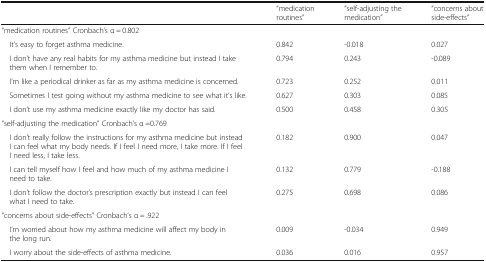
<table><thead><tr><td></td><td><b>“medication routines”</b></td><td><b>“self-adjusting the medication”</b></td><td><b>“concerns about side-effects”</b></td></tr></thead><tbody><tr><td colspan="4">“medication routines” Cronbach’s α = 0.802</td></tr><tr><td> It’s easy to forget asthma medicine.</td><td>0.842</td><td>-0.018</td><td>0.027</td></tr><tr><td> I don’t have any real habits for my asthma medicine but instead I take them when I remember to.</td><td>0.794</td><td>0.243</td><td>-0.089</td></tr><tr><td> I’m like a periodical drinker as far as my asthma medicine is concerned.</td><td>0.723</td><td>0.252</td><td>0.011</td></tr><tr><td> Sometimes I test going without my asthma medicine to see what it’s like.</td><td>0.627</td><td>0.303</td><td>0.085</td></tr><tr><td> I don’t use my asthma medicine exactly like my doctor has said.</td><td>0.500</td><td>0.458</td><td>0.305</td></tr><tr><td colspan="4">“self-adjusting the medication” Cronbach’s α =0.769</td></tr><tr><td> I don’t really follow the instructions for my asthma medicine but instead I can feel what my body needs. If I feel I need more, I take more. If I feel I need less, I take less.</td><td>0.182</td><td>0.900</td><td>0.047</td></tr><tr><td> I can tell myself how I feel and how much of my asthma medicine I need to take.</td><td>0.132</td><td>0.779</td><td>-0.188</td></tr><tr><td> I don’t follow the doctor’s prescription exactly but instead I can feel what I need to take.</td><td>0.275</td><td>0.698</td><td>0.086</td></tr><tr><td colspan="4">“concerns about side-effects” Cronbach’s α = .922</td></tr><tr><td> I’m worried about how my asthma medicine will affect my body in the long run.</td><td>0.009</td><td>-0.034</td><td>0.949</td></tr><tr><td> I worry about the side-effects of asthma medicine.</td><td>0.036</td><td>0.016</td><td>0.957</td></tr></tbody></table>